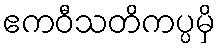
ဧကဝီသတိကပ္ပမှိ